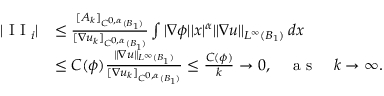
\begin{array} { r l } { | \textrm { I I } _ { i } | } & { \le \frac { [ A _ { k } ] _ { C ^ { 0 , \alpha } ( B _ { 1 } ) } } { [ \nabla u _ { k } ] _ { C ^ { 0 , \alpha } ( B _ { 1 } ) } } \int | \nabla \phi | | x | ^ { \alpha } \| \nabla u \| _ { L ^ { \infty } ( B _ { 1 } ) } \, d x } \\ & { \le C ( \phi ) \frac { \| \nabla u \| _ { L ^ { \infty } ( B _ { 1 } ) } } { [ \nabla u _ { k } ] _ { C ^ { 0 , \alpha } ( B _ { 1 } ) } } \le \frac { C ( \phi ) } { k } \to 0 , \quad \textrm { a s } \quad k \to \infty . } \end{array}